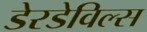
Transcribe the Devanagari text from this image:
डेरडेविल्स